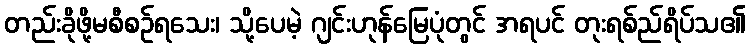
တည်းခိုဖို့မစီစဉ်ရသေး၊ သို့ပေမဲ့ ဂျင်းဟုန်မြေပုံတွင် အရပင် တုးရစ်ည်ရိပ်သ၏